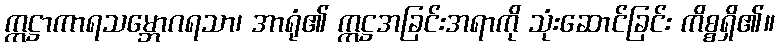
ဣဋ္ဌာကာရသမ္ဘောဂရသာ၊ အာရုံ၏ ဣဋ္ဌအခြင်းအရာကို သုံးဆောင်ခြင်း ကိစ္စရှိ၏။